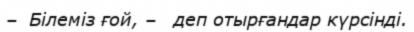
–  Білеміз ғой, –   деп отырғандар күрсінді.